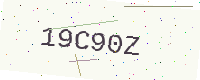
Text: 19C90Z